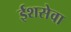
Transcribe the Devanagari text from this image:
ईशसेवा